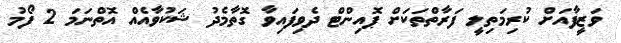
ވަޒީފާއަށް ކުރިމަތިލީ ފަރާތްތަކަށް ޕޮއިންޓް ދެވިފައިވާ ގޮތާމެދު ޝަކުވާއެއް އޮތްނަމަ 2 ފޯމު